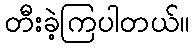
တီးခဲ့ကြပါတယ်။